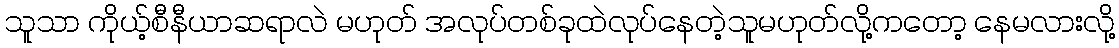
သူသာ ကိုယ့်စီနီယာဆရာလဲ မဟုတ် အလုပ်တစ်ခုထဲလုပ်နေတဲ့သူမဟုတ်လို့ကတော့ နေမလားလို့